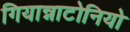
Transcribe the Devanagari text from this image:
गियान्नाटोनियो